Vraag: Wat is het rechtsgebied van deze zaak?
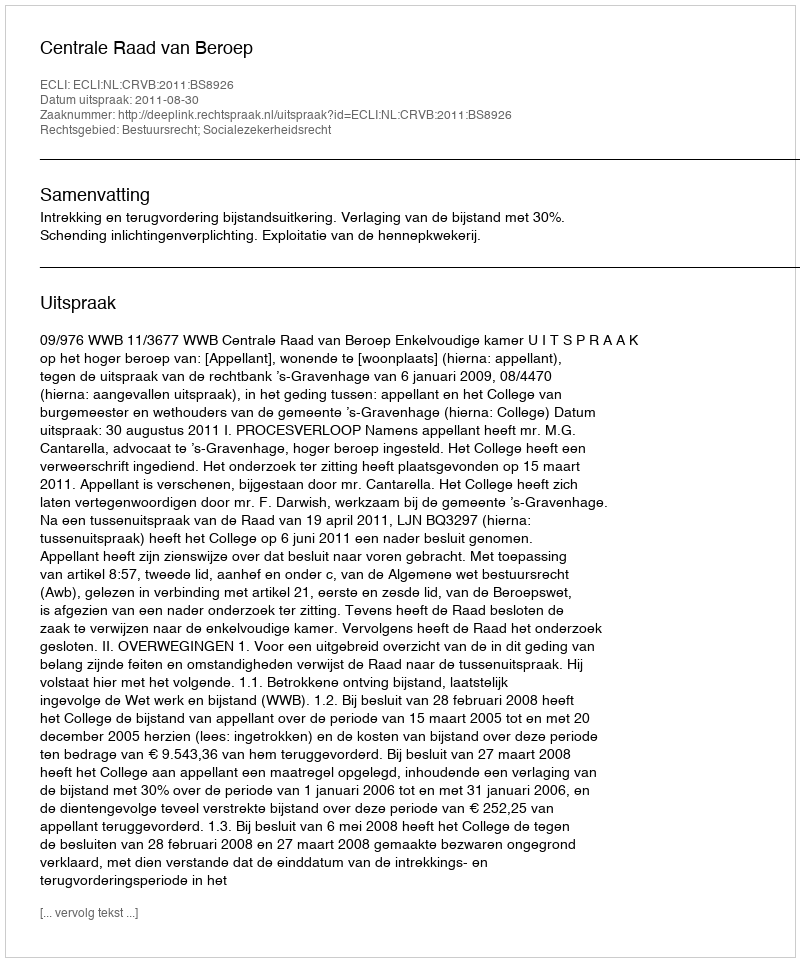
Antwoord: Bestuursrecht; Socialezekerheidsrecht